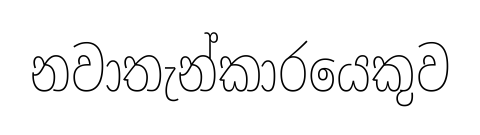
නවාතැන්කාරයෙකුව